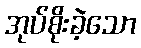
အုပ်စိုးခဲ့သော